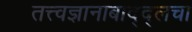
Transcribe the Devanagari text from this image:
तत्त्वज्ञानाबाद्द्लचा